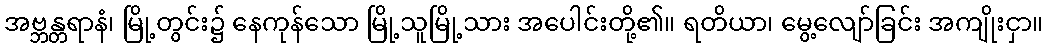
အဗ္ဘန္တရာနံ၊ မြို့တွင်း၌ နေကုန်သော မြို့သူမြို့သား အပေါင်းတို့၏။ ရတိယာ၊ မွေ့လျော်ခြင်း အကျိုးငှာ။